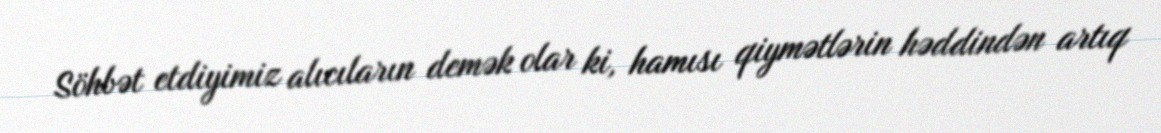
Söhbət etdiyimiz alıcıların demək olar ki, hamısı qiymətlərin həddindən artıq